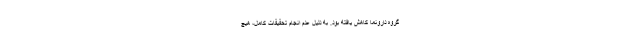
گروه دارونما کاهش یافته بود. به دلیل عدم انجام تحقیقات کامل، هیچ